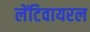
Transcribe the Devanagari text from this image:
लेंटिवायरल